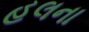
હલના